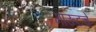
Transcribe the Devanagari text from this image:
गाऊटचे